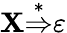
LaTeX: \mathbf{X}{\stackrel{*}{\Rightarrow}}\varepsilon